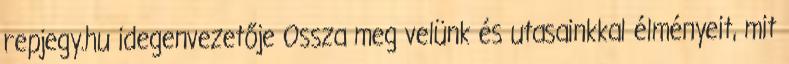
repjegy.hu idegenvezetője Ossza meg velünk és utasainkkal élményeit, mit